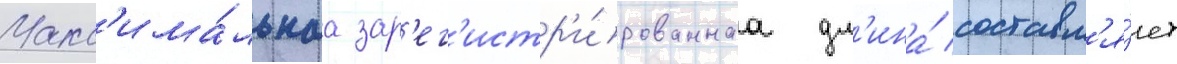
Макс'има́льнаа зар'ег'истр'и́рованнаа дл'ина́ составл'я́ет